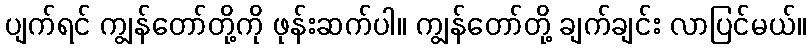
ပျက်ရင် ကျွန်တော်တို့ကို ဖုန်းဆက်ပါ။ ကျွန်တော်တို့ ချက်ချင်း လာပြင်မယ်။